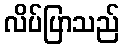
လိပ်ပြာသည်